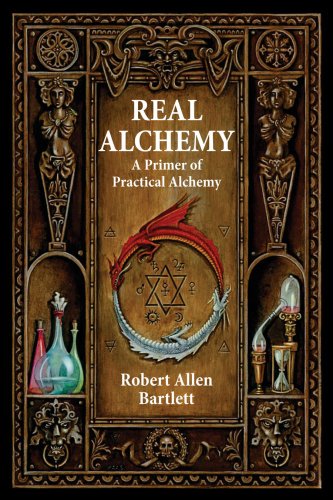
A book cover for Real Alchemy: A Primer of Practical Alchemy; Robert Allen Bartlett; Science & Math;